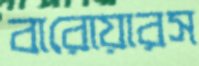
বারোয়ারস